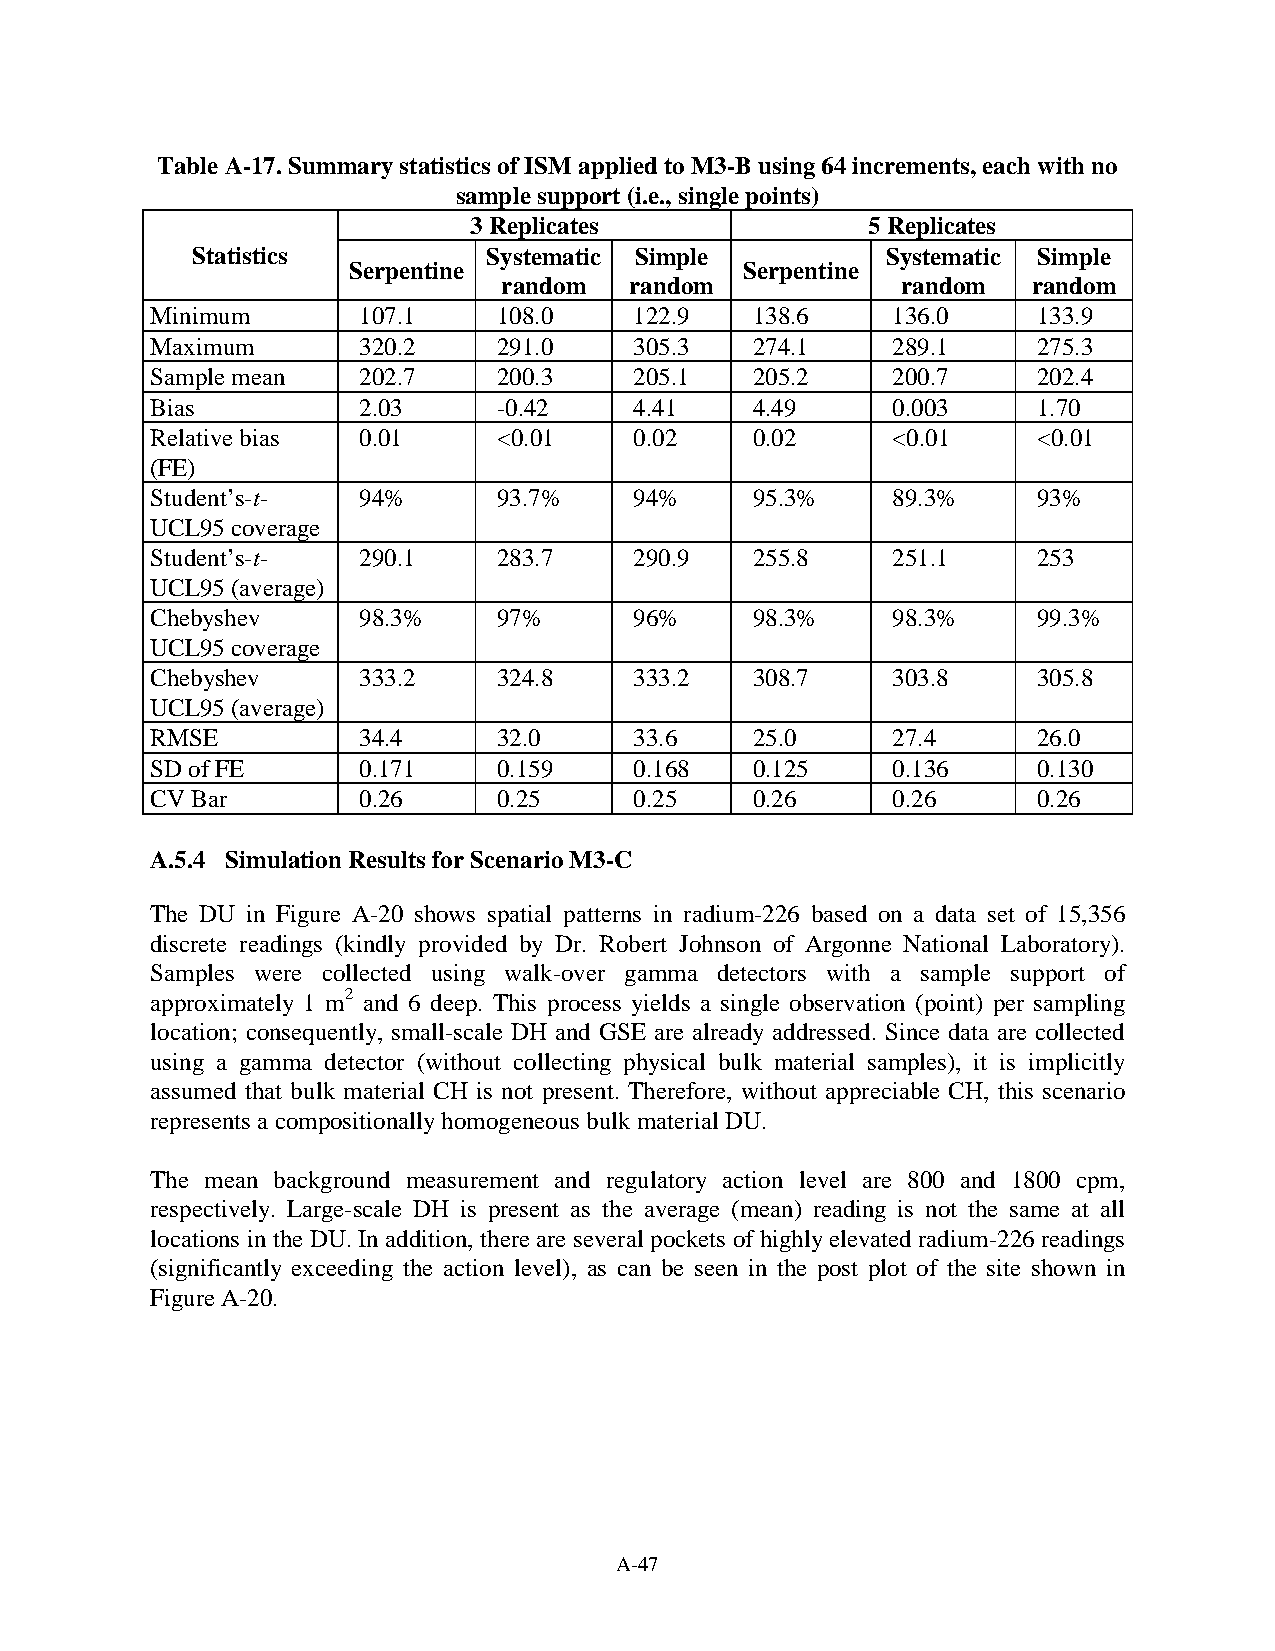
Table A-17. Summary statistics of ISM applied to M3-B using 64 increments, each with no
 sample support (i.e., single points)
 3 Replicates              5 Replicates
 Statistics         Systematic Simple          Systematic Simple
 Serpentine                Serpentine
 random   random            random  random
 Minimum       107.1    108.0    122.9   138.6    136.0     133.9
 Maximum       320.2    291.0    305.3   274.1    289.1     275.3
 Sample mean   202.7    200.3    205.1   205.2    200.7     202.4
 Bias          2.03     -0.42    4.41    4.49     0.003     1.70
 Relative bias 0.01     <0.01    0.02    0.02     <0.01     <0.01
 (FE)
 Student’s-t-  94%      93.7%    94%     95.3%    89.3%     93%
 UCL95 coverage
 Student’s-t-  290.1    283.7    290.9   255.8    251.1     253
 UCL95 (average)
 Chebyshev     98.3%    97%      96%     98.3%    98.3%     99.3%
 UCL95 coverage
 Chebyshev     333.2    324.8    333.2   308.7    303.8     305.8
 UCL95 (average)
 RMSE          34.4     32.0     33.6    25.0     27.4      26.0
 SD of FE      0.171    0.159    0.168   0.125    0.136     0.130
 CV Bar        0.26     0.25     0.25    0.26     0.26      0.26
 A.5.4 Simulation Results for Scenario M3-C
 The DU in Figure A-20 shows spatial patterns in radium-226 based on a data set of 15,356
 discrete readings (kindly provided by Dr. Robert Johnson of Argonne National Laboratory).
 Samples were collected using walk-over gamma detectors with a sample support of
 approximately 1 m2 and 6 deep. This process yields a single observation (point) per sampling
 location; consequently, small-scale DH and GSE are already addressed. Since data are collected
 using a gamma detector (without collecting physical bulk material samples), it is implicitly
 assumed that bulk material CH is not present. Therefore, without appreciable CH, this scenario
 represents a compositionally homogeneous bulk material DU.
 The mean background measurement and regulatory action level are 800 and 1800 cpm,
 respectively. Large-scale DH is present as the average (mean) reading is not the same at all
 locations in the DU. In addition, there are several pockets of highly elevated radium-226 readings
 (significantly exceeding the action level), as can be seen in the post plot of the site shown in
 Figure A-20.
 A-47